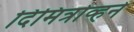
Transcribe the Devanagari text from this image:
दिमित्रोव्हने